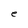
Character: e